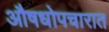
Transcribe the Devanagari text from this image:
औषधोपचारात